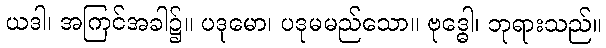
ယဒါ၊ အကြင်အခါ၌။ ပဒုမော၊ ပဒုမမည်သော။ ဗုဒ္ဓေါ၊ ဘုရားသည်။